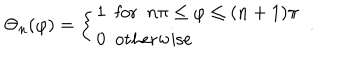
\Theta _ { n } ( \varphi ) = \left\{ \begin{array} { l } { { 1 \ \ \mathrm { f o r } \ \ n \pi \leq \varphi \leq ( n + 1 ) \pi } } \\ { { 0 \ \ \mathrm { o t h e r w i s e } } } \\ \end{array} \right. \ .